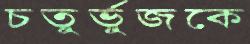
চতুর্ভুজকে